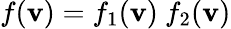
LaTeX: f(\mathbf{v})=f_{1}(\mathbf{v})~f_{2}(\mathbf{v})